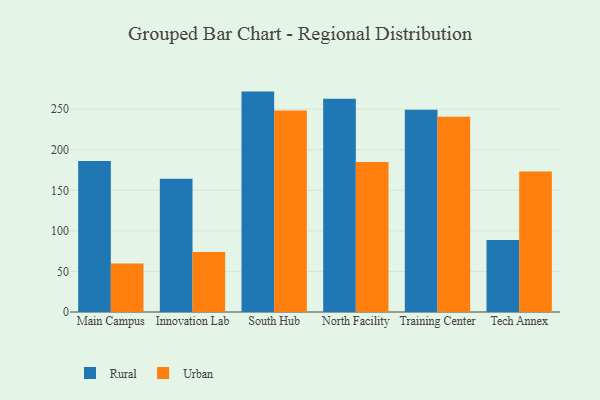
{"axis": {"x": "Campus", "y": "Operating Costs (USD K)"}, "legend": ["Rural", "Urban"], "data": [{"x": "Main Campus", "y": 186.0, "type": "Rural"}, {"x": "Main Campus", "y": 59.7, "type": "Urban"}, {"x": "Innovation Lab", "y": 164.2, "type": "Rural"}, {"x": "Innovation Lab", "y": 74.1, "type": "Urban"}, {"x": "South Hub", "y": 271.7, "type": "Rural"}, {"x": "South Hub", "y": 248.4, "type": "Urban"}, {"x": "North Facility", "y": 263.0, "type": "Rural"}, {"x": "North Facility", "y": 184.9, "type": "Urban"}, {"x": "Training Center", "y": 249.3, "type": "Rural"}, {"x": "Training Center", "y": 240.6, "type": "Urban"}, {"x": "Tech Annex", "y": 88.9, "type": "Rural"}, {"x": "Tech Annex", "y": 173.1, "type": "Urban"}]}